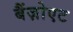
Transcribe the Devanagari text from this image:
बैंज़ोएट